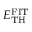
E _ { \mathrm { T H } } ^ { \mathrm { F I T } }